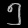
Digit: ၅